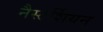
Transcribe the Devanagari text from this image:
नैस्टर्शियन